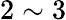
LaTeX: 2\sim 3